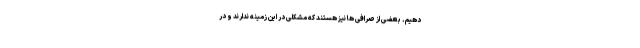
دهیم. بعضی از صرافی ها نیز هستند که مشکلی در این زمینه ندارند و در